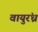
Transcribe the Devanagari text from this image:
वायुरंध्र